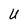
Character: U